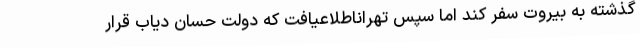
گذشته به بیروت سفر کند اما سپس تهراناطلاعیافت که دولت حسان دیاب قرار